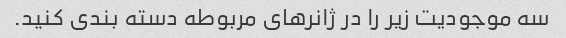
سه موجودیت زیر را در ژانرهای مربوطه دسته بندی کنید.